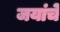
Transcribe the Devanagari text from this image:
जयांचे